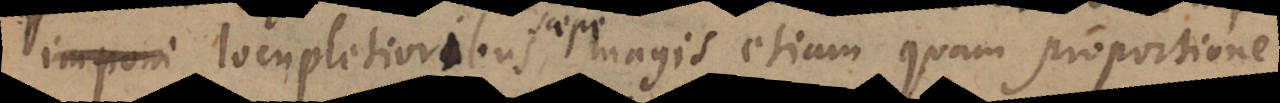
imponuntur locupletioribus, magis etiam quam proportione